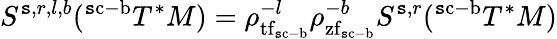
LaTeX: S^{\mathtt{s},r,l,b}(^{\mathrm{{\mathtt{s}c}}\mathrm{{-}}\mathrm{{b}}}T^{*}M)=\rho_{{\mathrm{{tf}}}_{\mathrm{{\mathtt{s}c}}\mathrm{{-}}\mathrm{{b}}}}^{-l}\rho_{{\mathrm{{zf}}}_{\mathrm{{\mathtt{s}c}}\mathrm{{-}}\mathrm{{b}}}}^{-b}S^{\mathtt{s},r}(^{\mathrm{{\mathtt{s}c}}\mathrm{{-}}\mathrm{{b}}}T^{*}M)